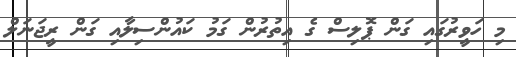
މި ހަވީރުގައި ގަން ޕޮލިސް ގެ އިތުރުން ގަމު ކައުންސިލާއި ގަން ރީޖަނަލް